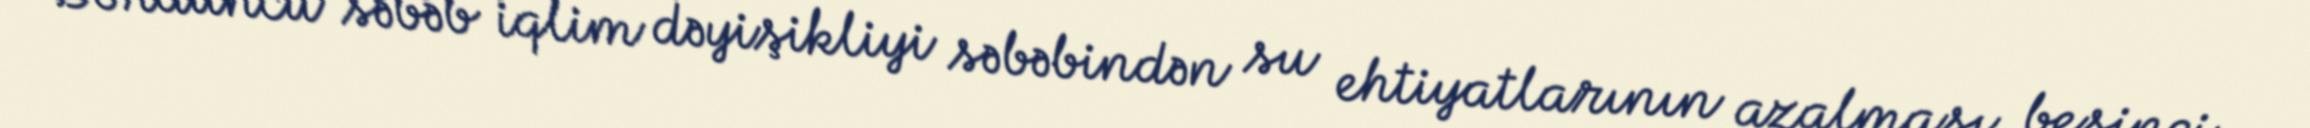
Dördüncü səbəb iqlim dəyişikliyi səbəbindən su ehtiyatlarının azalması, beşinci